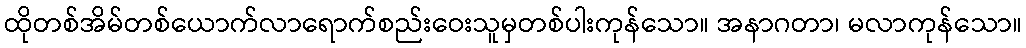
ထိုတစ်အိမ်တစ်ယောက်လာရောက်စည်းဝေးသူမှတစ်ပါးကုန်သော။ အနာဂတာ၊ မလာကုန်သော။